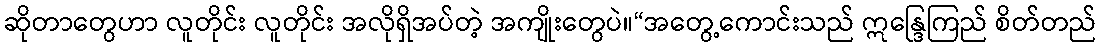
ဆိုတာတွေဟာ လူတိုင်း လူတိုင်း အလိုရှိအပ်တဲ့ အကျိုးတွေပဲ။“အတွေ့ကောင်းသည် ဣန္ဒြေကြည် စိတ်တည်